Report on the working of the Ranchi Indian Mental Hospital, Kanke, in Bihar and Orissa - 1930-1940
Year: 1930
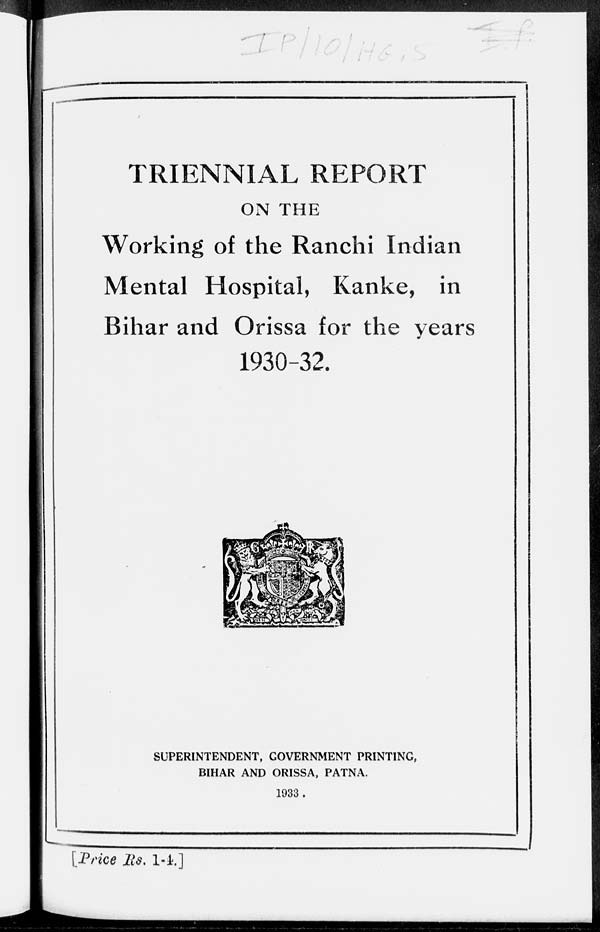
TRIENNIAL REPORT
ON THE
Working of the Ranchi Indian
Mental Hospital, Kanke, in
Bihar and Orissa for the years
1930-32.
SUPERINTENDENT, GOVERNMENT PRINTING,
BIHAR AND ORISSA, PATNA.
1933.
[Price Rs. 1-4.]